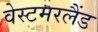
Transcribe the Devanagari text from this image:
वेस्टमरलैंड